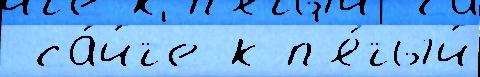
 са́йт'е к п'я́тый